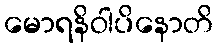
မောရနိဝါပိနောတိ